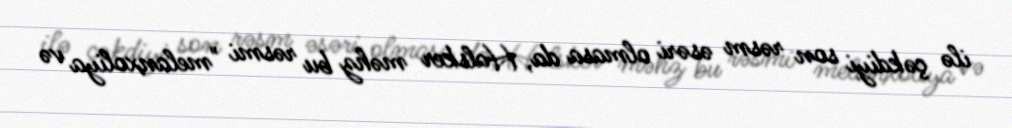
ilə çəkdiyi son rəsm əsəri olmasa da, Halsker məhz bu rəsmi "melanxoliya və